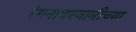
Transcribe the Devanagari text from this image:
रंगनाथस्वामीच्या